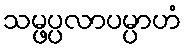
သမ္ဖပ္ပလာပမ္ပာဟံ